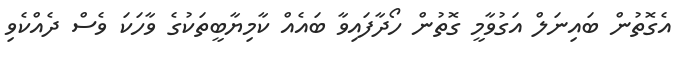
އެގޮތުން ބައިނަލް އަގުވާމީ ގޮތުން ހޯދާފައިވާ ބައެއް ކާމިޔާބީތަކުގެ ވާހަކަ ވެސް ދެއްކެވި